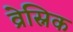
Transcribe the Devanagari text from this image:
व्रेस्निक